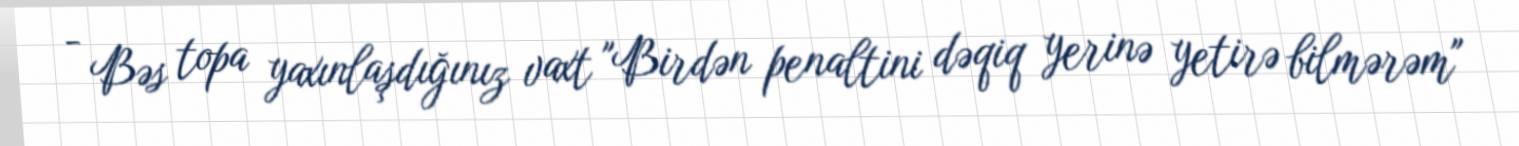
- Bəs topa yaxınlaşdığınız vaxt "Birdən penaltini dəqiq yerinə yetirə bilmərəm"